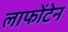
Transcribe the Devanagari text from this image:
लाफोंटेन